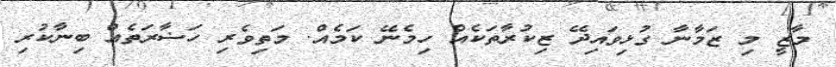
މާޒީ މި ޒަމާނާ ގުޅިވައިދޭ ޒިކުރާތަކެއް ހިމެނޭ ކަމެއް. މަތިވެރި ހަޟާރަތެއް ބިނާކުރި